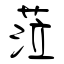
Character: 蒞